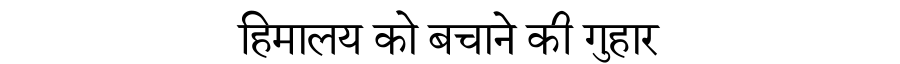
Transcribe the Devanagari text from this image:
हिमालय को बचाने की गुहार